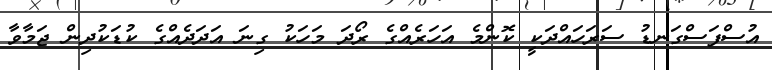
އުސްފަސްގަނޑު ސަރަހައްދަކީ ކޮންމެ އަހަރެއްގެ ރޯދަ މަހަކު ގިނަ އަދަދެއްގެ ކުޑަކުދިން ޖަމާވާ